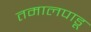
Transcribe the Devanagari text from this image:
तमालपाडू